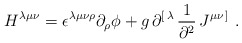
\begin{align*}H^{\lambda\mu\nu}= \epsilon^{\lambda\mu\nu\rho}\partial_\rho \phi + g\, \partial^{[\,\lambda}\, {1\over\partial^2 }\, J^{\mu\nu\,]}\ . \end{align*}